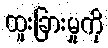
ထူးခြားမှုကို